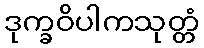
ဒုက္ခဝိပါကသုတ္တံ